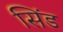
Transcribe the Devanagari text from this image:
सिंड